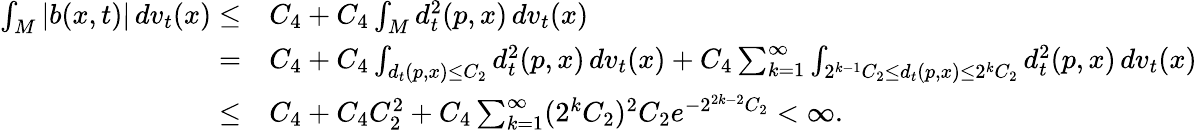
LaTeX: \begin{array}{rl}{\int_{M}|b(x,t)|\, dv_{t}(x)\le}&{C_{4}+C_{4}\int_{M}d_{t}^{2}(p,x)\, dv_{t}(x)}\\ {=}&{C_{4}+C_{4}\int_{d_{t}(p,x)\le C_{2}}d_{t}^{2}(p,x)\, dv_{t}(x)+C_{4}\sum_{k=1}^{\infty}\int_{2^{k-1}C_{2}\le d_{t}(p,x)\le 2^{k}C_{2}}d_{t}^{2}(p,x)\, dv_{t}(x)}\\ {\le}&{C_{4}+C_{4}C_{2}^{2}+C_{4}\sum_{k=1}^{\infty}(2^{k}C_{2})^{2}C_{2}e^{-2^{2k-2}C_{2}}<\infty.}\end{array}